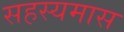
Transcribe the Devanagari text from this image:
सहस्यमास